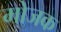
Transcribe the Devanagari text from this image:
मोजक